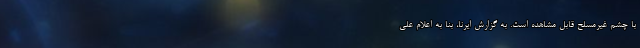
با چشم غیرمسلح قابل مشاهده است. به گزارش ایرنا، بنا به اعلام علی